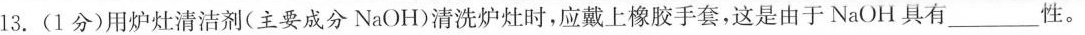
13.(1分)用炉灶清洁剂(主要成分NaOH)清洗炉灶时，应戴上橡胶手套，这是由于NaOH具有___性。